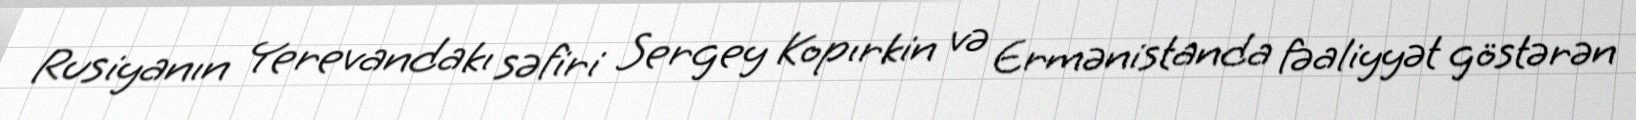
Rusiyanın Yerevandakı səfiri Sergey Kopırkin və Ermənistanda fəaliyyət göstərən